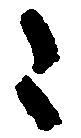
令